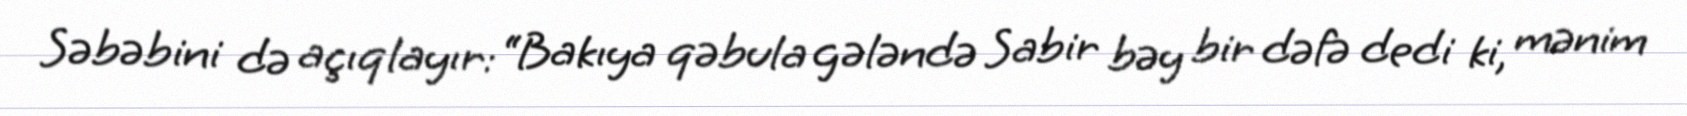
Səbəbini də açıqlayır: “Bakıya qəbula gələndə Sabir bəy bir dəfə dedi ki, mənim